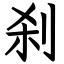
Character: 刹